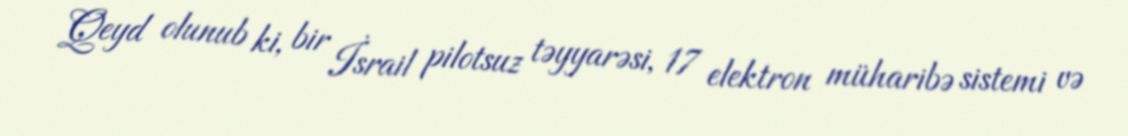
Qeyd olunub ki, bir İsrail pilotsuz təyyarəsi, 17 elektron müharibə sistemi və